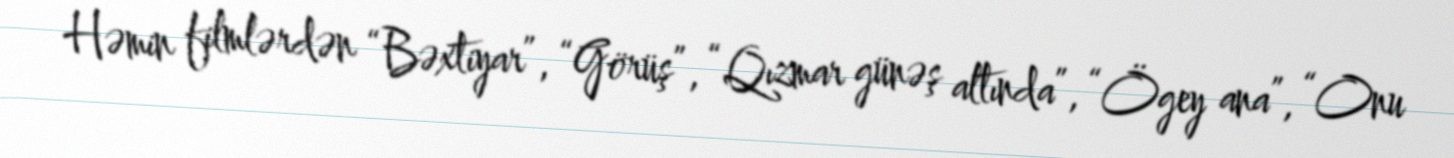
Həmin filmlərdən “Bəxtiyar”, “Görüş”, “Qızmar günəş altında”, “Ögey ana”, “Onu